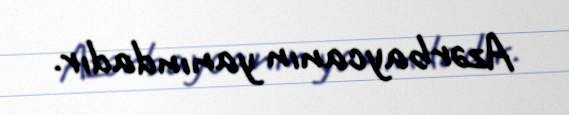
Azərbaycanın yanındadır.